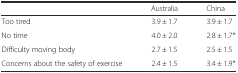
<table><thead><tr><td></td><td><b>Australia</b></td><td><b>China</b></td></tr></thead><tbody><tr><td>Too tired</td><td>3.9 ± 1.7</td><td>3.9 ± 1.7</td></tr><tr><td>No time</td><td>4.0 ± 2.0</td><td>2.8 ± 1.7*</td></tr><tr><td>Difficulty moving body</td><td>2.7 ± 1.5</td><td>2.5 ± 1.5</td></tr><tr><td>Concerns about the safety of exercise</td><td>2.4 ± 1.5</td><td>3.4 ± 1.9*</td></tr></tbody></table>